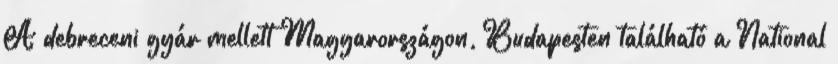
A debreceni gyár mellett Magyarországon, Budapesten található a National